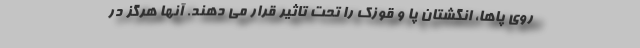
روی پاها، انگشتان پا و قوزک را تحت تاثیر قرار می دهند. آنها هرگز در